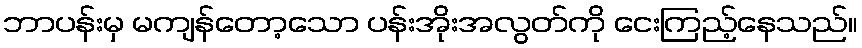
ဘာပန်းမှ မကျန်တော့သော ပန်းအိုးအလွတ်ကို ငေးကြည့်နေသည်။